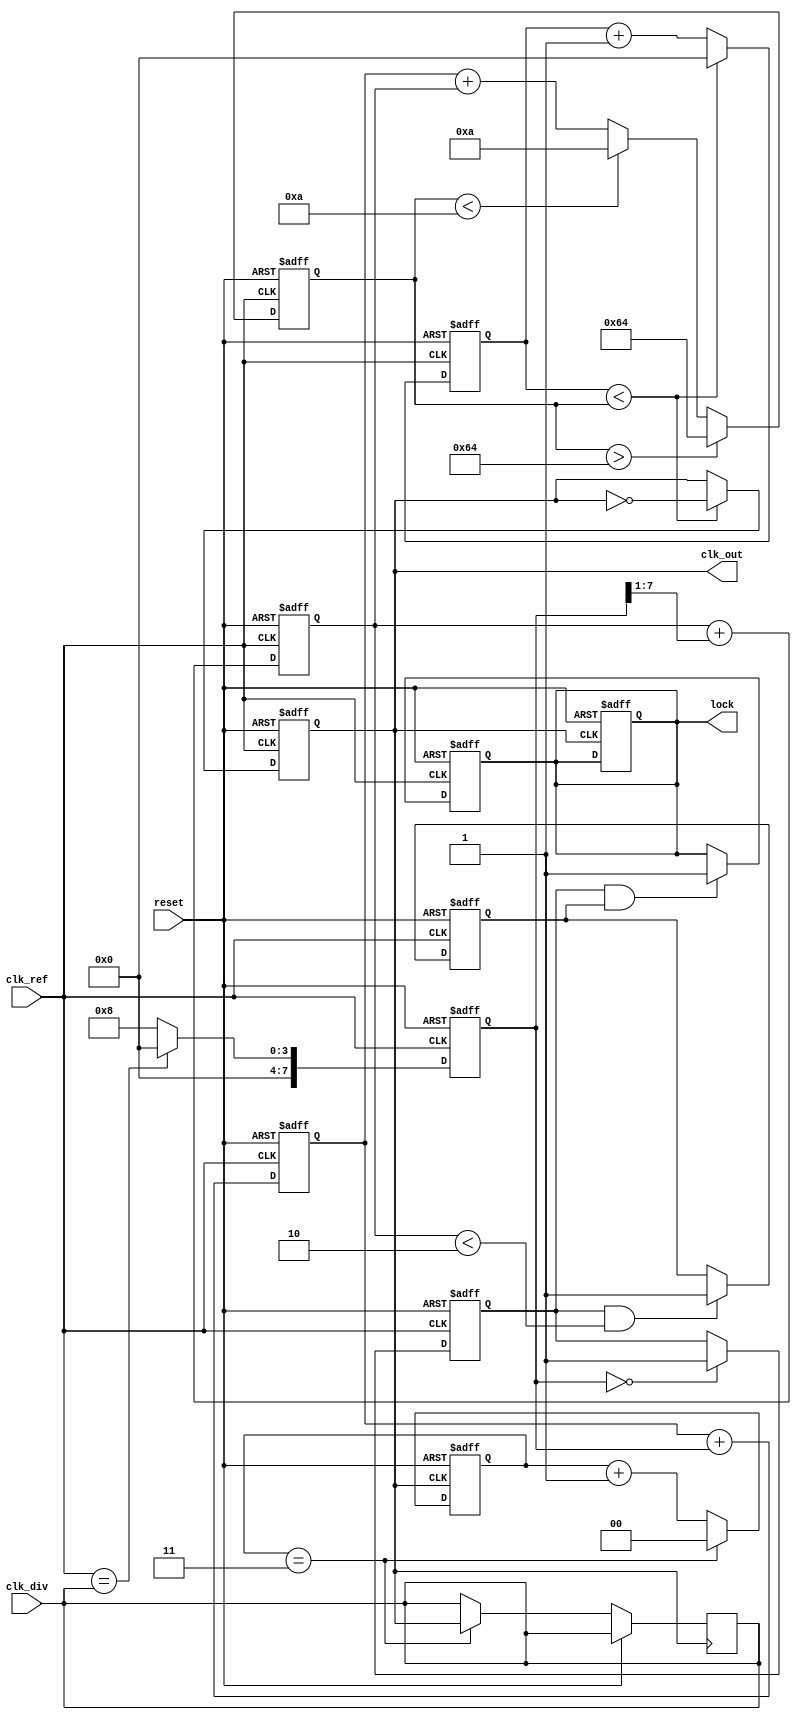
module dual_loop_pll (
    input wire clk_ref,          // Reference clock input
    input wire reset,            // Asynchronous reset
    input wire clk_div,          // Divided feedback clock
    output reg clk_out,          // Output clock
    output reg lock              // Lock indicator
);
    // Parameters for loop filter and VCO
    parameter COARSE_GAIN = 8;   // Coarse loop gain
    parameter FINE_GAIN = 2;      // Fine loop gain
    parameter VCO_MAX_FREQ = 100; // Max output frequency
    parameter VCO_MIN_FREQ = 10;  // Min output frequency
    parameter DIVIDER_RATIO = 4;   // Divider ratio for feedback

    // Internal signals
    reg [7:0] error_signal;       // Error signal from PD
    reg [7:0] coarse_filter;      // Coarse loop filter output
    reg [7:0] fine_filter;        // Fine loop filter output
    reg [7:0] vco_control;        // Control voltage for VCO
    reg [3:0] vco_counter;        // VCO frequency counter
    reg coarse_lock;              // Coarse lock status
    reg fine_lock;                // Fine lock status

    // Phase Detector (PD)
    always @(posedge clk_ref or posedge reset) begin
        if (reset) begin
            error_signal <= 8'b0;
        end else begin
            // Simple phase comparison (this is a placeholder for actual phase detection logic)
            if (clk_ref == clk_div) begin
                error_signal <= 8'b0; // Phase aligned
            end else begin
                error_signal <= COARSE_GAIN; // Adjust error signal based on phase difference
            end
        end
    end

    // Coarse Loop Filter
    always @(posedge clk_ref or posedge reset) begin
        if (reset) begin
            coarse_filter <= 8'b0;
        end else begin
            coarse_filter <= coarse_filter + error_signal; // Integrate error signal
        end
    end

    // Fine Loop Filter
    always @(posedge clk_ref or posedge reset) begin
        if (reset) begin
            fine_filter <= 8'b0;
        end else begin
            fine_filter <= fine_filter + (error_signal >> 1); // Faster response (scaled)
        end
    end

    // Voltage-Controlled Oscillator (VCO)
    always @(posedge clk_ref or posedge reset) begin
        if (reset) begin
            vco_control <= VCO_MIN_FREQ; // Start at minimum frequency
            vco_counter <= 4'b0;
            clk_out <= 1'b0;
        end else begin
            // Update VCO control voltage
            vco_control <= coarse_filter + fine_filter;
            // Generate output clock based on control voltage
            if (vco_control > VCO_MAX_FREQ) begin
                vco_control <= VCO_MAX_FREQ;
            end else if (vco_control < VCO_MIN_FREQ) begin
                vco_control <= VCO_MIN_FREQ;
            end
            
            // Simple frequency generation logic (for demonstration)
            if (vco_counter < vco_control) begin
                clk_out <= ~clk_out;
                vco_counter <= 4'b0;
            end else begin
                vco_counter <= vco_counter + 1;
            end
        end
    end

    // Frequency Divider (Feedback)
    reg [1:0] divider_count; // Simple counter for divider
    always @(posedge clk_out or posedge reset) begin
        if (reset) begin
            divider_count <= 2'b0;
            lock <= 1'b0;
        end else begin
            if (divider_count == DIVIDER_RATIO - 1) begin
                divider_count <= 2'b0;
                clk_div <= clk_out; // Feedback to phase detector
            end else begin
                divider_count <= divider_count + 1;
            end
        end
    end

    // Lock Detection Logic
    always @(posedge clk_ref or posedge reset) begin
        if (reset) begin
            coarse_lock <= 1'b0;
            fine_lock <= 1'b0;
            lock <= 1'b0;
        end else begin
            // Simple lock detection logic
            if (error_signal == 8'b0) begin
                coarse_lock <= 1'b1;
            end
            if (coarse_lock && (fine_filter < 8'b10)) begin
                fine_lock <= 1'b1;
            end
            if (coarse_lock && fine_lock) begin
                lock <= 1'b1; // PLL is locked
            end
        end
    end

endmodule